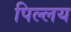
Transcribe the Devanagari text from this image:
पिल्लय